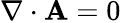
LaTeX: \nabla\cdot\mathbf{A}=0